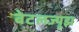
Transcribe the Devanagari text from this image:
बेटलज्यूझ